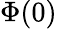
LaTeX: \Phi(0)